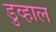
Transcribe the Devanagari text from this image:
डुव्हाल